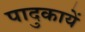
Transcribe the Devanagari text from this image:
पादुकायें